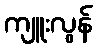
ကျူးလွန်